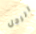
الرجل